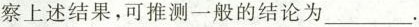
察上述结果，可推测一般的结论为___.